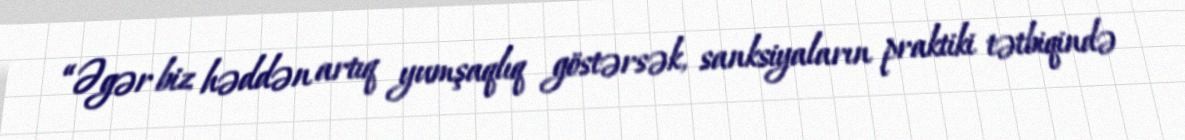
“Əgər biz həddən artıq yumşaqlıq göstərsək, sanksiyaların praktiki tətbiqində